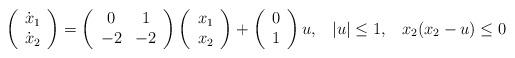
LaTeX: \begin{align*}\left(\begin{array}{c}\dot{x}_{1}\\\dot{x}_{2}\end{array}\right)=\left(\begin{array}{cc}0 & 1\\-2 & -2\end{array}\right)\left(\begin{array}{c}x_{1}\\x_{2}\end{array}\right)+\left(\begin{array}{c}0\\1\end{array}\right)u,\,\,\,\,\,|u|\leq 1, \,\,\,\,\,x_2(x_2 - u) \leq 0\end{align*}